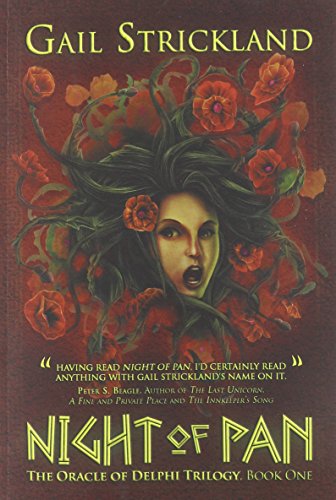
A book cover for Night of Pan; Gail Strickland; Teen & Young Adult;